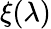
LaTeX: \xi(\lambda)